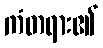
ကံတရား၏